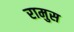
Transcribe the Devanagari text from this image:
रामुस